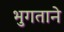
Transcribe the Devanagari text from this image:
भुगताने